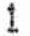
1